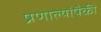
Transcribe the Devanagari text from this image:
प्रणाल्यांपैकी